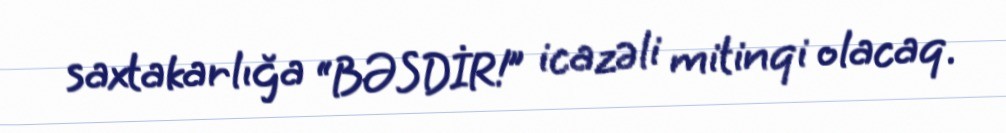
saxtakarlığa “BƏSDİR!” icazəli mitinqi olacaq.